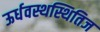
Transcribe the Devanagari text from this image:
ऊर्धवस्थस्थितिज